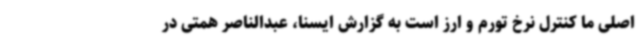
اصلی ما کنترل نرخ تورم و ارز است به گزارش ایسنا، عبدالناصر همتی در